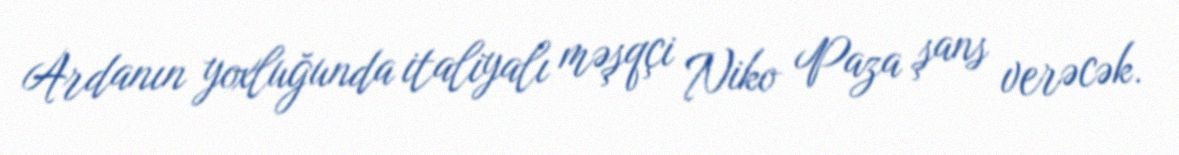
Ardanın yoxluğunda italiyalı məşqçi Niko Paza şans verəcək.